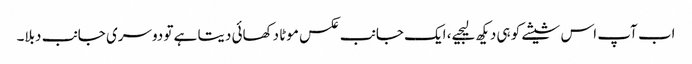
اب آپ اس شیشے کو ہی دیکھ لیجیے، ایک جانب عکس موٹا دکھائی دیتا ہے تو دوسری جانب دبلا۔